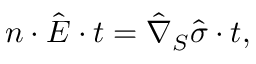
\boldsymbol { n } \cdot \hat { \boldsymbol { E } } \cdot \boldsymbol { t } = \hat { \nabla } _ { S } \hat { \sigma } \cdot \boldsymbol { t } ,